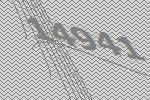
14941